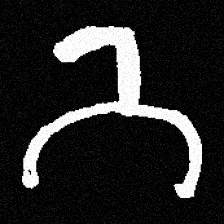
Pyu character \u2014 Myanmar letter: ဘ (romanized: bha)